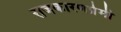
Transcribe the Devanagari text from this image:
राजकारणप्रेमी